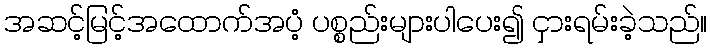
အဆင့်မြင့်အထောက်အပံ့ ပစ္စည်းများပါပေး၍ ငှားရမ်းခဲ့သည်။